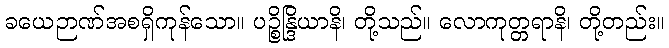
ခယေဉာဏ်အစရှိကုန်သော။ ပဉ္စိန္ဒြိယာနိ၊ တို့သည်။ လောကုတ္တရာနိ၊ တို့တည်း။